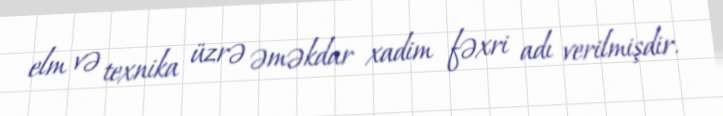
elm və texnika üzrə əməkdar xadim fəxri adı verilmişdir.